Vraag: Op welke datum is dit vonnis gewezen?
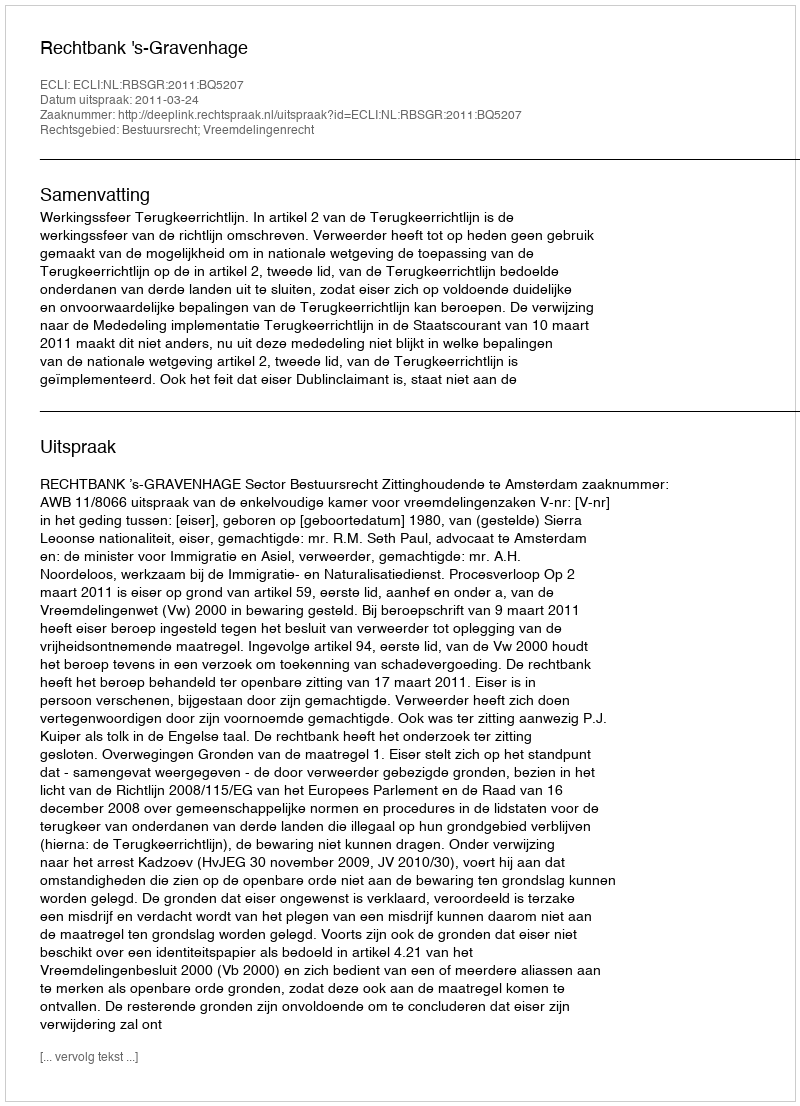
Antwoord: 2011-03-24